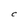
Character: C